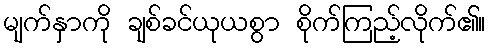
မျက်နှာကို ချစ်ခင်ယုယစွာ စိုက်ကြည့်လိုက်၏။